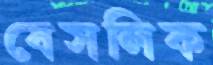
বেসলিক